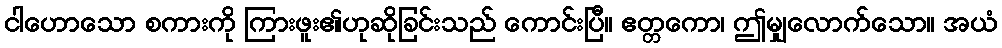
ငါဟောသော စကားကို ကြားဖူး၏ဟုဆိုခြင်းသည် ကောင်းပြီ။ ဧတ္တကော၊ ဤမျှလောက်သော။ အယံ